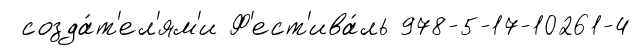
созда́т'ел'ям'и Ф'ест'ива́ль 978-5-17-10261-4